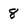
Character: 8